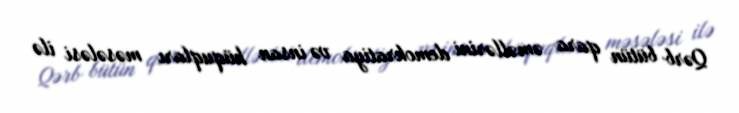
Qərb bütün qara əməllərini demokratiya və insan hüquqları məsələsi ilə